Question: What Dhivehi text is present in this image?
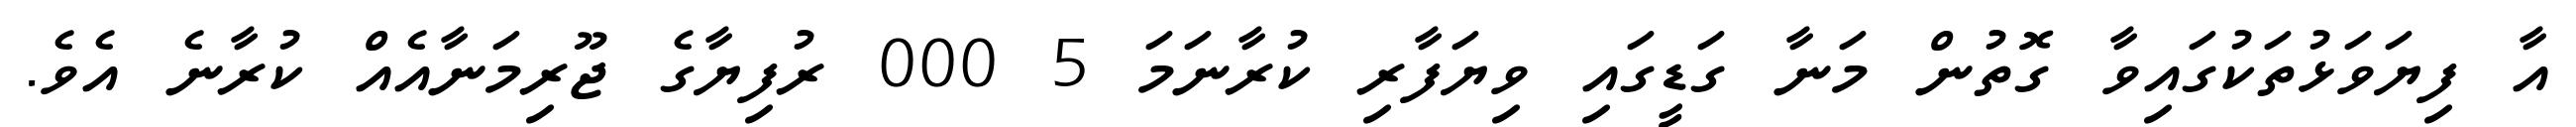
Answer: އާ ފިޔަވަޅުތަކުގައިވާ ގޮތުން މަނާ ގަޑީގައި ވިޔަފާރި ކުރާނަމަ 5 000 ރުފިޔާގެ ޖޫރިމަނާއެއް ކުރާނެ އެވެ.